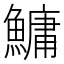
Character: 鱅